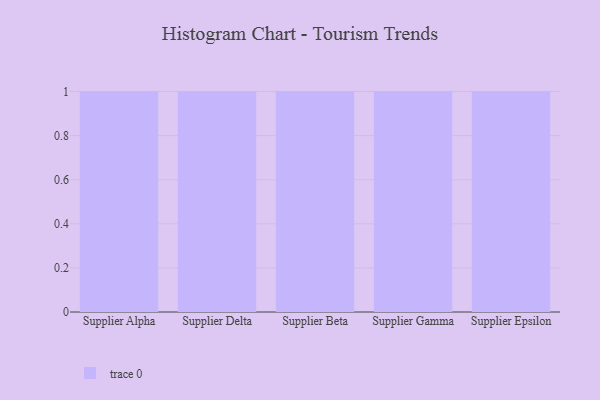
{"axis": {"x": "Supplier", "y": "Net Income (USD K)"}, "legend": [""], "data": [{"x": "Supplier Alpha", "y": 19, "type": ""}, {"x": "Supplier Delta", "y": 48, "type": ""}, {"x": "Supplier Beta", "y": 33, "type": ""}, {"x": "Supplier Gamma", "y": 44, "type": ""}, {"x": "Supplier Epsilon", "y": 32, "type": ""}]}